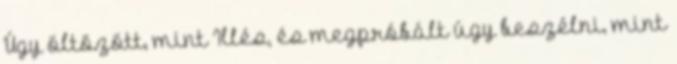
Úgy öltözött, mint Illés, és megpróbált úgy beszélni, mint